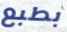
بطبع